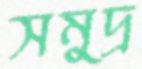
সমুদ্র